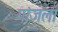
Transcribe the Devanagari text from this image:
गांजला